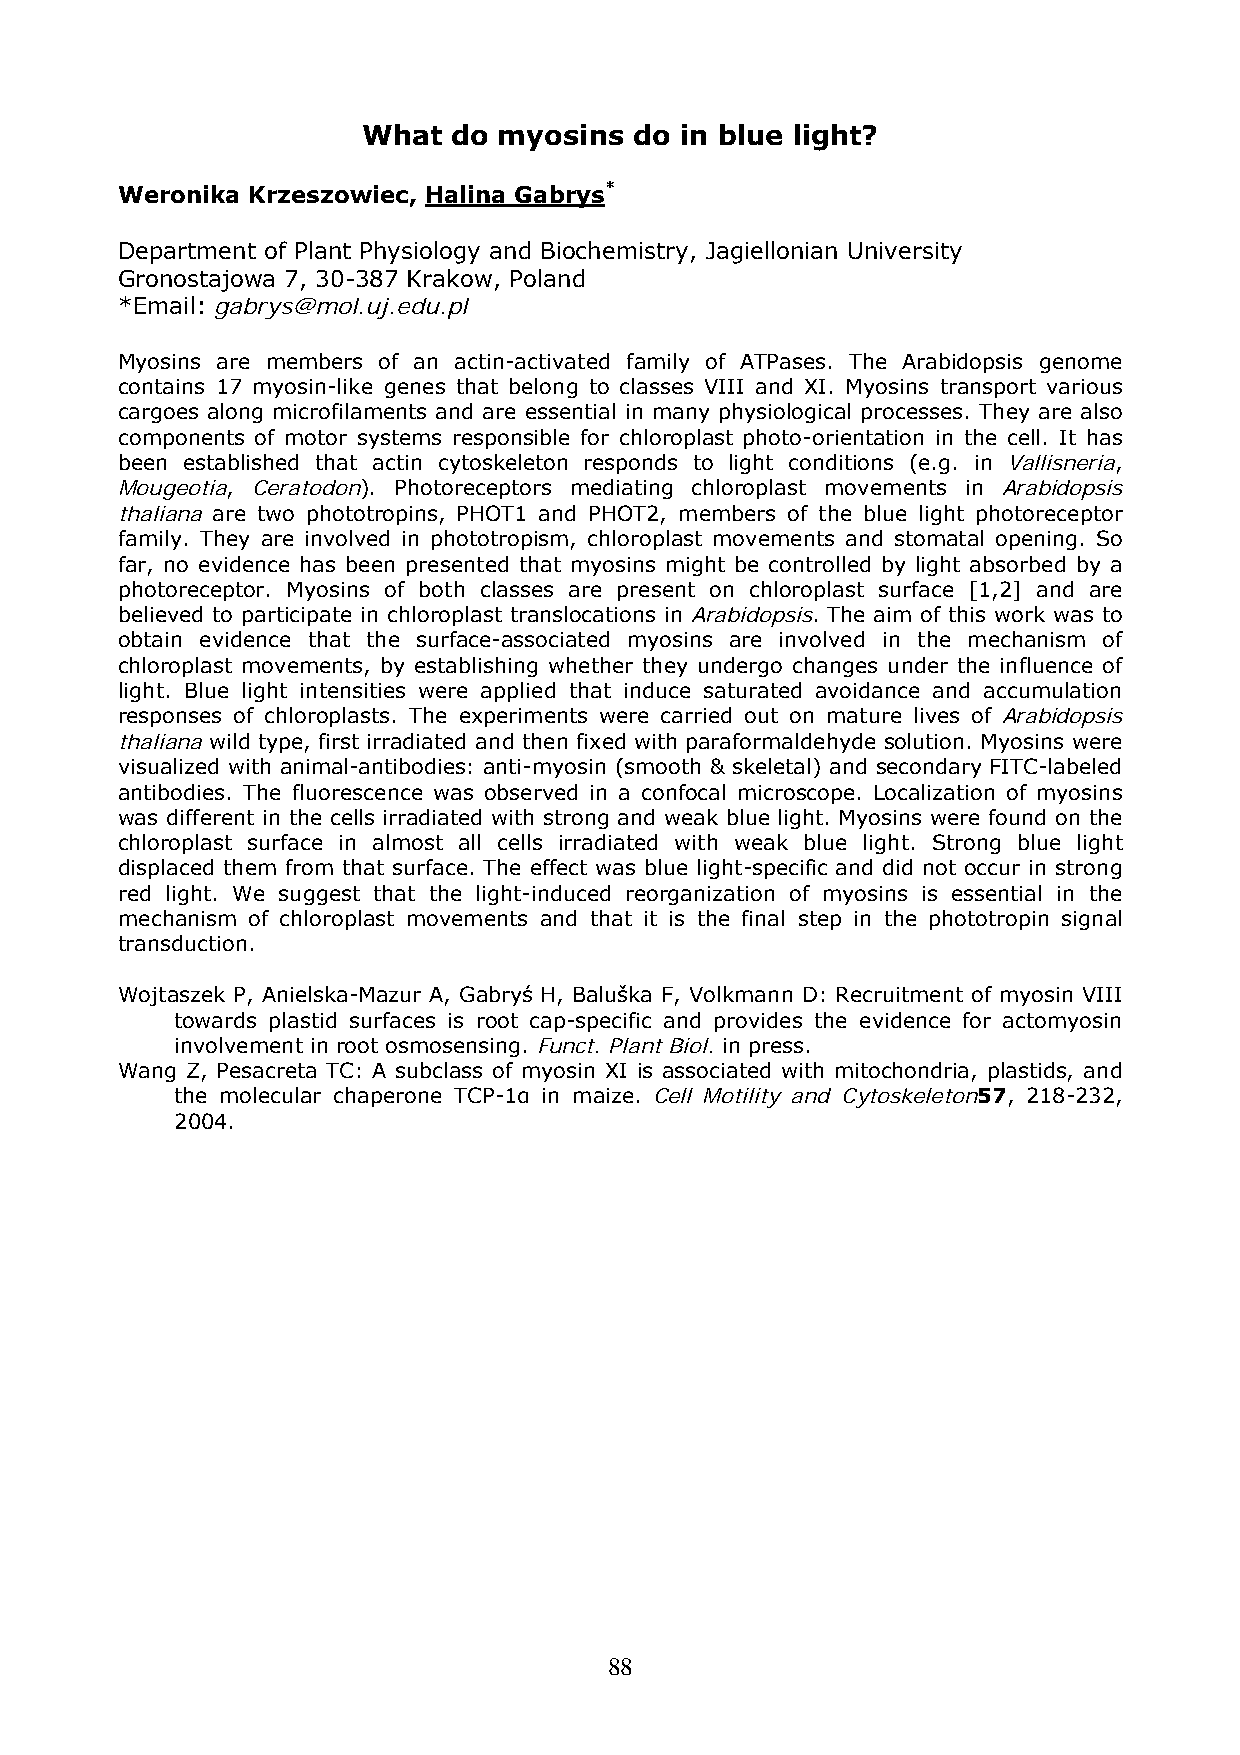
What  do myosins  do in blue light?
 Weronika Krzeszowiec, Halina Gabrys*
 Department of Plant Physiology and Biochemistry, Jagiellonian University
 Gronostajowa 7, 30-387 Krakow, Poland
 *Email: gabrys@mol.uj.edu.pl
 Myosins are members of an actin-activated family of ATPases. The Arabidopsis genome
 contains 17 myosin-like genes that belong to classes VIII and XI. Myosins transport various
 cargoes along microfilaments and are essential in many physiological processes. They are also
 components of motor systems responsible for chloroplast photo-orientation in the cell. It has
 been established that actin cytoskeleton responds to light conditions (e.g. in Vallisneria,
 Mougeotia, Ceratodon). Photoreceptors mediating chloroplast movements in Arabidopsis
 thaliana are two phototropins, PHOT1 and PHOT2, members of the blue light photoreceptor
 family. They are involved in phototropism, chloroplast movements and stomatal opening. So
 far, no evidence has been presented that myosins might be controlled by light absorbed by a
 photoreceptor. Myosins of both classes are present on chloroplast surface [1,2] and are
 believed to participate in chloroplast translocations in Arabidopsis. The aim of this work was to
 obtain evidence that the surface-associated myosins are involved in the mechanism of
 chloroplast movements, by establishing whether they undergo changes under the influence of
 light. Blue light intensities were applied that induce saturated avoidance and accumulation
 responses of chloroplasts. The experiments were carried out on mature lives of Arabidopsis
 thaliana wild type, first irradiated and then fixed with paraformaldehyde solution. Myosins were
 visualized with animal-antibodies: anti-myosin (smooth & skeletal) and secondary FITC-labeled
 antibodies. The fluorescence was observed in a confocal microscope. Localization of myosins
 was different in the cells irradiated with strong and weak blue light. Myosins were found on the
 chloroplast surface in almost all cells irradiated with weak blue light. Strong blue light
 displaced them from that surface. The effect was blue light-specific and did not occur in strong
 red light. We suggest that the light-induced reorganization of myosins is essential in the
 mechanism of chloroplast movements and that it is the final step in the phototropin signal
 transduction.
 Wojtaszek P, Anielska-Mazur A, Gabryś H, Baluška F, Volkmann D: Recruitment of myosin VIII
 towards plastid surfaces is root cap-specific and provides the evidence for actomyosin
 involvement in root osmosensing. Funct. Plant Biol. in press.
 Wang Z, Pesacreta TC: A subclass of myosin XI is associated with mitochondria, plastids, and
 the molecular chaperone TCP-1α in maize. Cell Motility and Cytoskeleton57, 218-232,
 2004.
 88